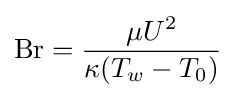
\mathrm {Br} ={\frac {\mu U^{2}}{\kappa (T_{w}-T_{0})}}